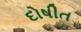
દોષીત